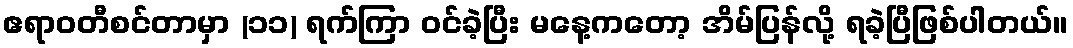
ဧရာဝတီစင်တာမှာ (၁၁) ရက်ကြာ ဝင်ခဲ့ပြီး မနေ့ကတော့ အိမ်ပြန်လို့ ရခဲ့ပြီဖြစ်ပါတယ်။